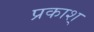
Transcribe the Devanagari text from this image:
प्रकाश्